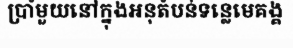
ប្រាំមួយនៅក្នុងអនុតំបន់ទន្លេមេគង្គ